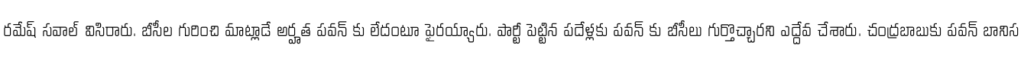
రమేష్ సవాల్ విసిరారు. బీసీల గురించి మాట్లాడే అర్హత పవన్ కు లేదంటూ ఫైరయ్యారు. పార్టీ పెట్టిన పదేళ్లకు పవన్ కు బీసీలు గుర్తొచ్చారని ఎద్దేవ చేశారు. చంద్రబాబుకు పవన్ బానిస